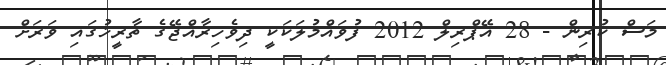
މަސް ކުރިން - 28 އޭޕްރިލް 2012 ފުވައްމުލަކަކީ ދިވެހިރާއްޖޭގެ ތާރީޚުގައި ވަރަށް